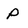
Character: p